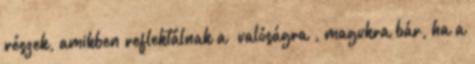
részek, amikben reflektálnak a “valóságra”, magukra bár, ha a